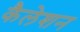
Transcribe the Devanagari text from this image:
कैलेशन